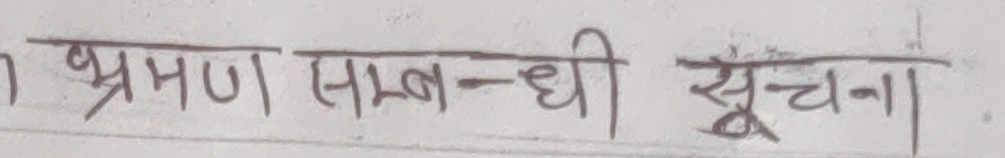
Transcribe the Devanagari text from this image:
भ्रमण सम्बन्धी सूचना।